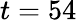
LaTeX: t=54